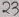
Text: 23